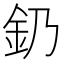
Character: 釢